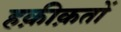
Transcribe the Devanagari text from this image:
हक़ीक़तों